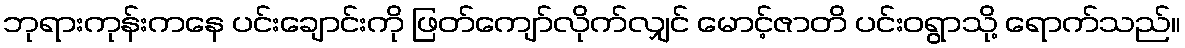
ဘုရားကုန်းကနေ ပင်းချောင်းကို ဖြတ်ကျော်လိုက်လျှင် မောင့်ဇာတိ ပင်းဝရွာသို့ ရောက်သည်။